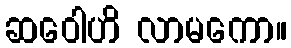
ဆဝေါဟိ လာမကော။